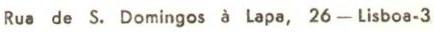
Rua de S. Domingos à Lapa, 26 - Lisboa-3